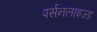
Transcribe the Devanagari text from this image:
पर्सनलाइज्ड